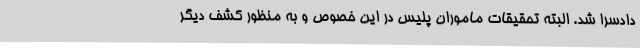
دادسرا شد. البته تحقیقات ماموران پلیس در این خصوص و به منظور کشف دیگر